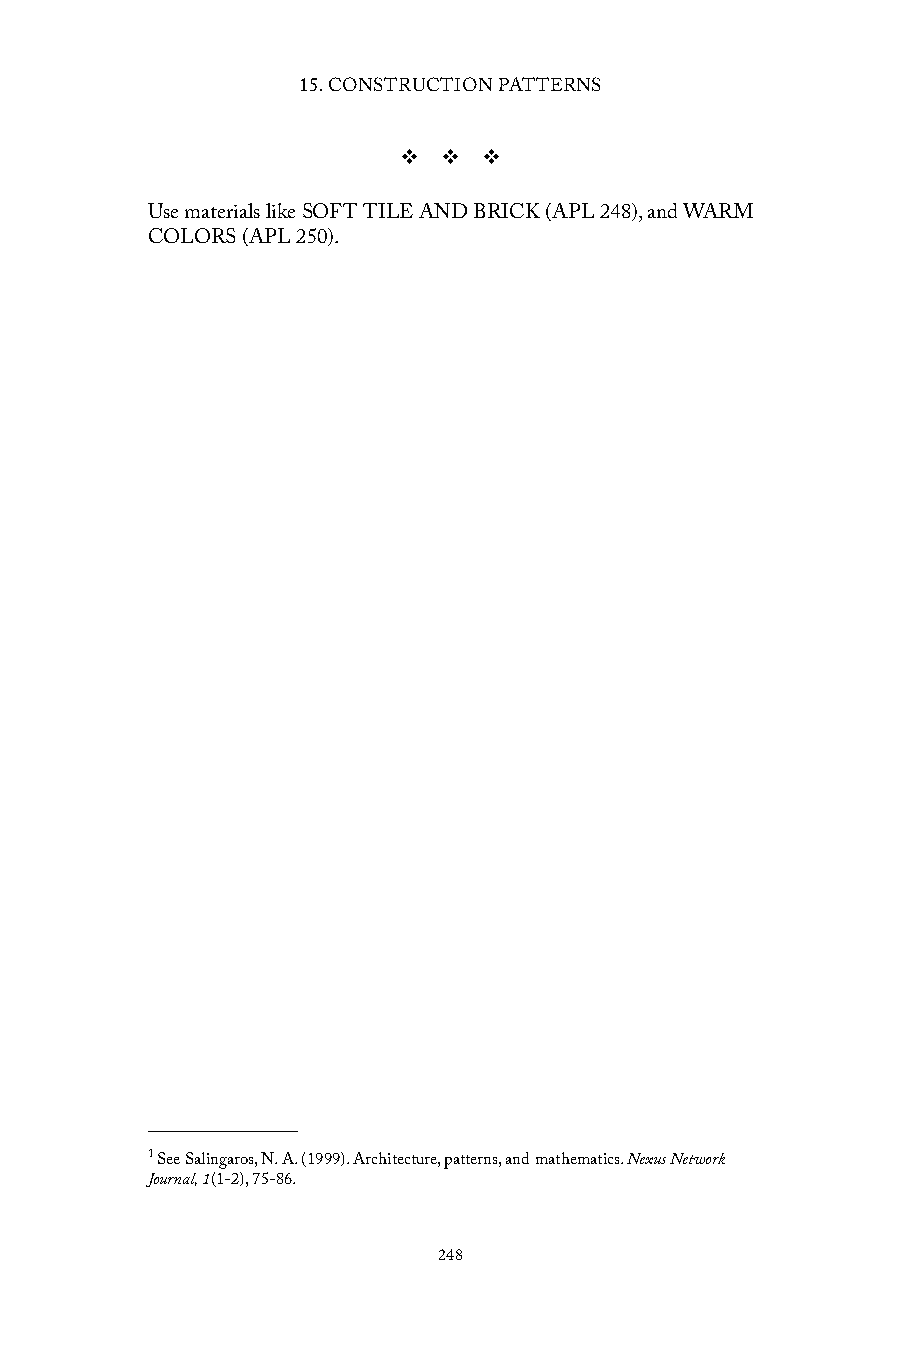
15. CONSTRUCTION PATTERNS
 v  v  v
 Use materials like SOFT TILE AND BRICK (APL 248), and WARM
 COLORS (APL 250).
 1 See Salingaros, N. A. (1999). Architecture, patterns, and mathematics. Nexus Network
 Journal, 1(1-2), 75-86.
 248